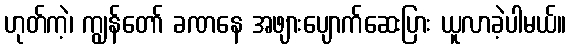
ဟုတ်ကဲ့၊ ကျွန်တော် ခဏနေ အဖျားပျောက်ဆေးပြား ယူလာခဲ့ပါမယ်။